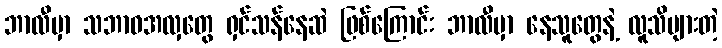
ဘာလီမှာ သဘာဝအလှတွေ ရှင်သန်နေဆဲ ဖြစ်ကြောင်း ဘာလီမှာ နေသူတွေနဲ့ လူသိများတဲ့